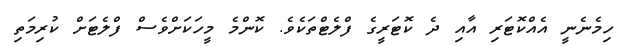
ހިމެނެނީ އެއްކޮޓަރި އާއި ދެ ކޮޓަރީގެ ފްލެޓްތަކެވެ. ކޮންމެ މީހަކަށްވެސް ފްލެޓަށް ކުރިމަތި